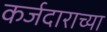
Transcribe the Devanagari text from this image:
कर्जदाराच्या